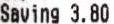
SAVING 3.80